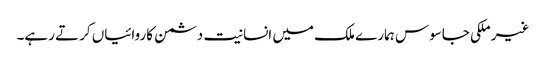
غیر ملکی جاسوس ہمارے ملک میں انسانیت دشمن کاروائیاں کرتے رہے۔